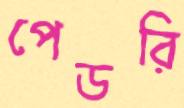
পেডরি